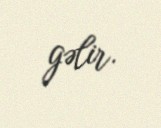
gəlir.